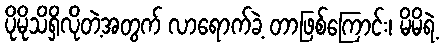
ပိုမိုသိရှိလိုတဲ့အတွက် လာရောက်ခဲ့ တာဖြစ်ကြောင်း၊ မိမိရဲ့